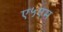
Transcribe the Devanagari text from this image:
ए५एम